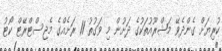
ކުރިޔަށް ގެންދެވޭ މަޝްރޫއުތަކުގެ ދަށުން މި ވަގުތު 11 ރަށެއްގެ މެޖިސްޓްރޭޓް ކޯޓު